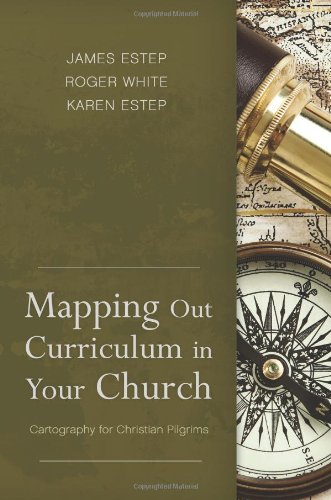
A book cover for Mapping Out Curriculum in Your Church: Cartography for Christian Pilgrims; Science & Math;